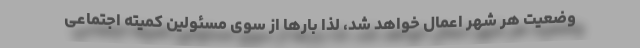
وضعیت هر شهر اعمال خواهد شد، لذا بارها از سوی مسئولین کمیته اجتماعی